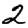
Digit: 2